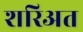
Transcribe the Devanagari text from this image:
शरिअत